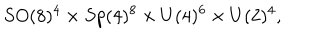
S O ( 8 ) ^ { 4 } \times S p ( 4 ) ^ { 8 } \times U ( 4 ) ^ { 6 } \times U ( 2 ) ^ { 4 } ,